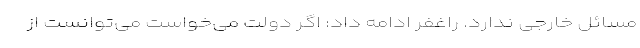
مسائل خارجی ندارد. راغفر ادامه داد: اگر دولت می‌خواست می‌توانست از